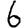
Digit: 6